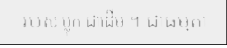
របស់ ប្លុក ជាដើម ។ ជាធម្មតា